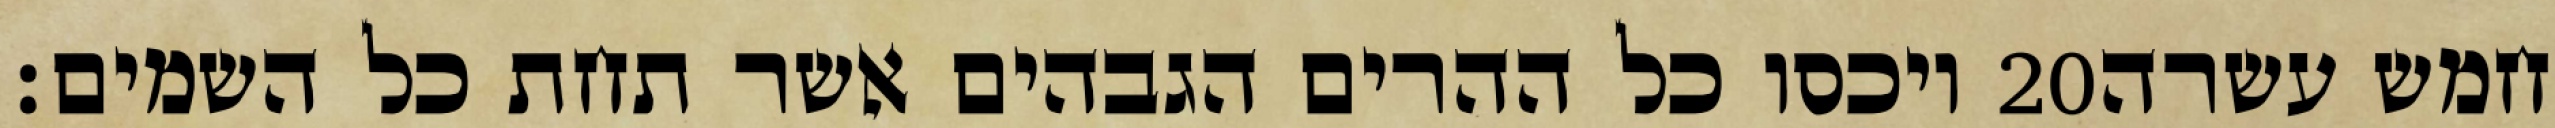
ויכסו כל ההרים הגבהים אשר תחת כל השמים׃ ‎20‏ חמש עשרה